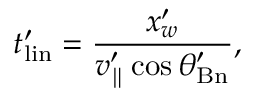
t _ { \mathrm { { l i n } } } ^ { \prime } = \frac { x _ { w } ^ { \prime } } { v _ { \parallel } ^ { \prime } \cos \theta _ { \mathrm { B n } } ^ { \prime } } ,